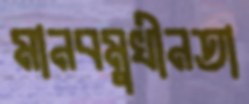
মানবমুখীনতা